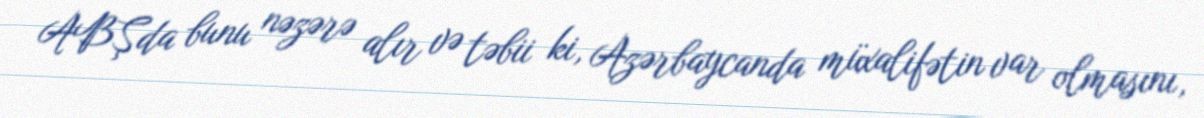
ABŞda bunu nəzərə alır və təbii ki, Azərbaycanda müxalifətin var olmasını,